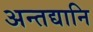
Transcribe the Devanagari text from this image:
अन्तद्यानि